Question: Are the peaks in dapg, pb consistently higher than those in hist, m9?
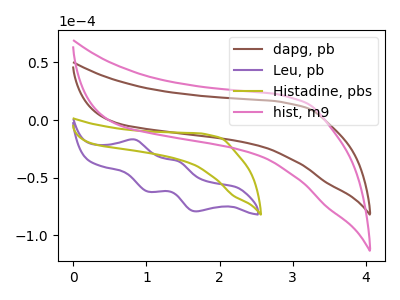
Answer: <think>The brown curve "dapg, pb" has no peaks. The purple curve "Leu, pb" has anodic peaks at (0.85V, -16.90uA) (1.45V, -35.60uA) and cathodic peaks at (1.05V, -62.25uA) (1.70V, -79.30uA). The olive curve "Histadine, pbs" has no peaks. The pink curve "hist, m9" has no peaks.</think>
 <answer>Niether CV has any peaks.</answer>
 <eval>blanks</eval>